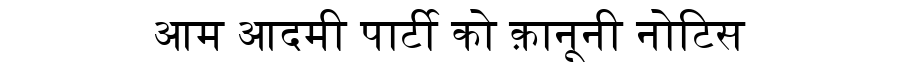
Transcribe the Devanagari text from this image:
आम आदमी पार्टी को क़ानूनी नोटिस